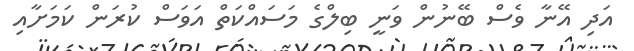
އަދި އޭނާ ވެސް ބޭނުން ވަނީ ބިލްގެ މަސައްކަތް އަވަސް ކުރަން ކަމަށާއި